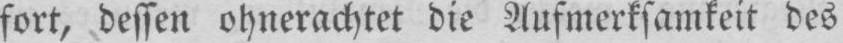
fort, dessen ohnerachtet die Aufmerksamkeit des